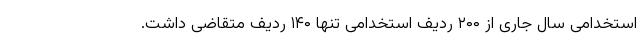
استخدامی سال جاری از ۲۰۰ ردیف استخدامی تنها ۱۴۰ ردیف متقاضی داشت.